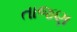
તાજણ